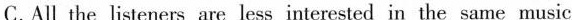
C.All the listeners are less interested in the same music